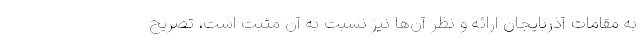
به مقامات آذربایجان ارائه و نظر آن‌ها نیز نسبت به آن مثبت است، تصریح